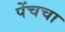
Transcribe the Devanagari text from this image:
पेंचचा